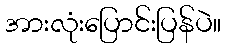
အားလုံးပြောင်းပြန်ပဲ။